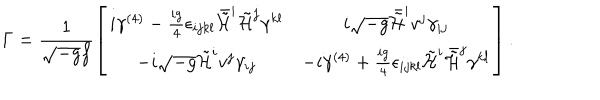
LaTeX: \Gamma = \frac { 1 } { \sqrt { - g } f } \left[ \begin{array} { c c } { { i \gamma ^ { ( 4 ) } - \frac { i g } { 4 } \epsilon _ { i j k l } \bar { \tilde { \cal H } } ^ { i } \tilde { \cal H } ^ { j } \gamma ^ { k l } } } & { { i \sqrt { - g } \bar { \tilde { \cal H } } ^ { i } v ^ { j } \gamma _ { i j } } } \\ { { - i \sqrt { - g } \tilde { \cal H } ^ { i } v ^ { j } \gamma _ { i j } } } & { { - i \gamma ^ { ( 4 ) } + \frac { i g } { 4 } \epsilon _ { i j k l } \tilde { \cal H } ^ { i } \bar { \tilde { \cal H } } ^ { j } \gamma ^ { k l } } } \\ \end{array} \right] .